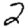
Digit: 2